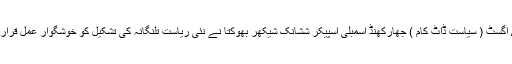
یکم / اگسٹ ( سیاست ڈاٹ کام ) جھارکھنڈ اسمبلی اسپیکر ششانک شیکھر بھوکتا نے نئی ریاست تلنگانہ کی تشکیل کو خوشگوار عمل قرار دیا ۔